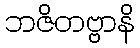
ဘဇိတဗ္ဗာနိ